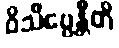
ဝိသိဗ္ဗေန္တီတိ